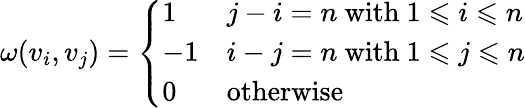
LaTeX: \omega(v_{i},v_{j})={\left\{ \begin{array}{ll}{1}&{j-i=n{\mathrm{~with~}}1\leqslant i\leqslant n}\\ {-1}&{i-j=n{\mathrm{~with~}}1\leqslant j\leqslant n}\\ {0}&{{\mathrm{otherwise}}}\end{array}\right.}